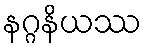
နဂ္ဂနိယဿ